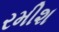
રમીશ